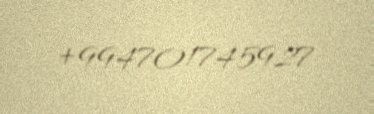
+994701745927